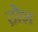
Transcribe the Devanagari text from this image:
द्रोश